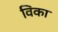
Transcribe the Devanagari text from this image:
विका